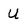
Character: U